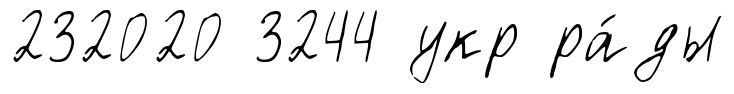
232020 3244 укр ра́ды